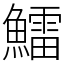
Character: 鱩